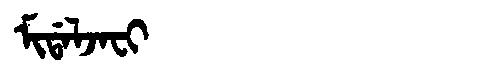
Manchu: ᠮᡳᡩᠠᠯᠵᠠᠸᡳ
Romanization: MIDALJAFI